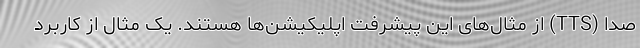
صدا (TTS) از مثال‌های این پیشرفت اپلیکیشن‌ها هستند. یک مثال از کاربرد